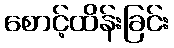
စောင့်ထိန်းခြင်း